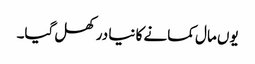
یوں مال کمانے کا نیا در کھل گیا۔